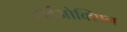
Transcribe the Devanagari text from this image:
डाईओक्सिन